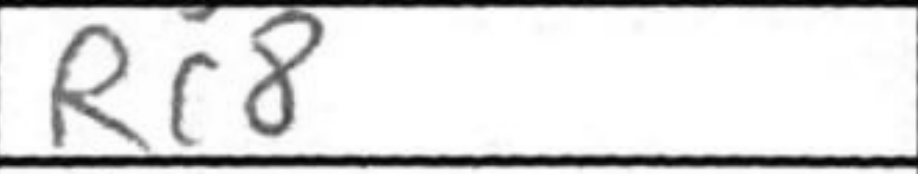
Transcription: Rc8